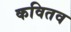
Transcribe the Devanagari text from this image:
कवितव